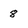
Character: 8